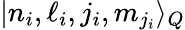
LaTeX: |n_{i},\ell_{i},j_{i},m_{j_{i}}\rangle_{Q}